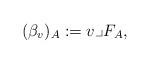
LaTeX: \begin{gather*}(\beta_{v})_{A}:= v \lrcorner F_{A},\end{gather*}